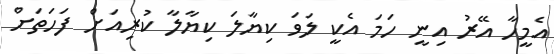
އެމީހާ އޭރު އިނީ ހަމަ އެކީ ލަވަ ކިޔާލަ ކިޔާލާ ކުރިއަށް ފަހަތަށް